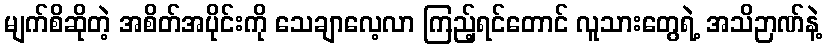
မျက်စိဆိုတဲ့ အစိတ်အပိုင်းကို သေချာလေ့လာ ကြည့်ရင်တောင် လူသားတွေရဲ့ အသိဉာဏ်နဲ့